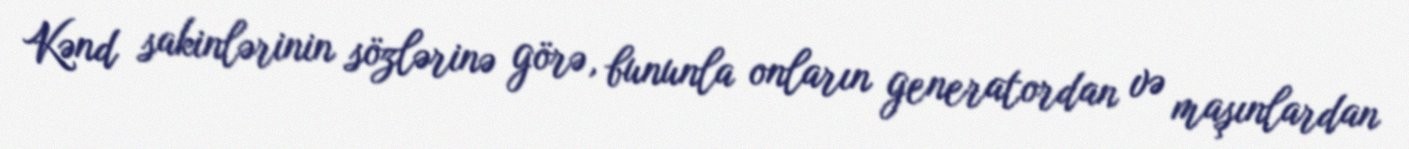
Kənd sakinlərinin sözlərinə görə, bununla onların generatordan və maşınlardan